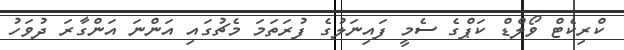
ކްރިކެޓް ވޯލްޑް ކަޕްގެ ސެމީ ފައިނަލުގެ ފުރަތަމަ މެޗުގައި އަންނަ އަންގާރަ ދުވަހު